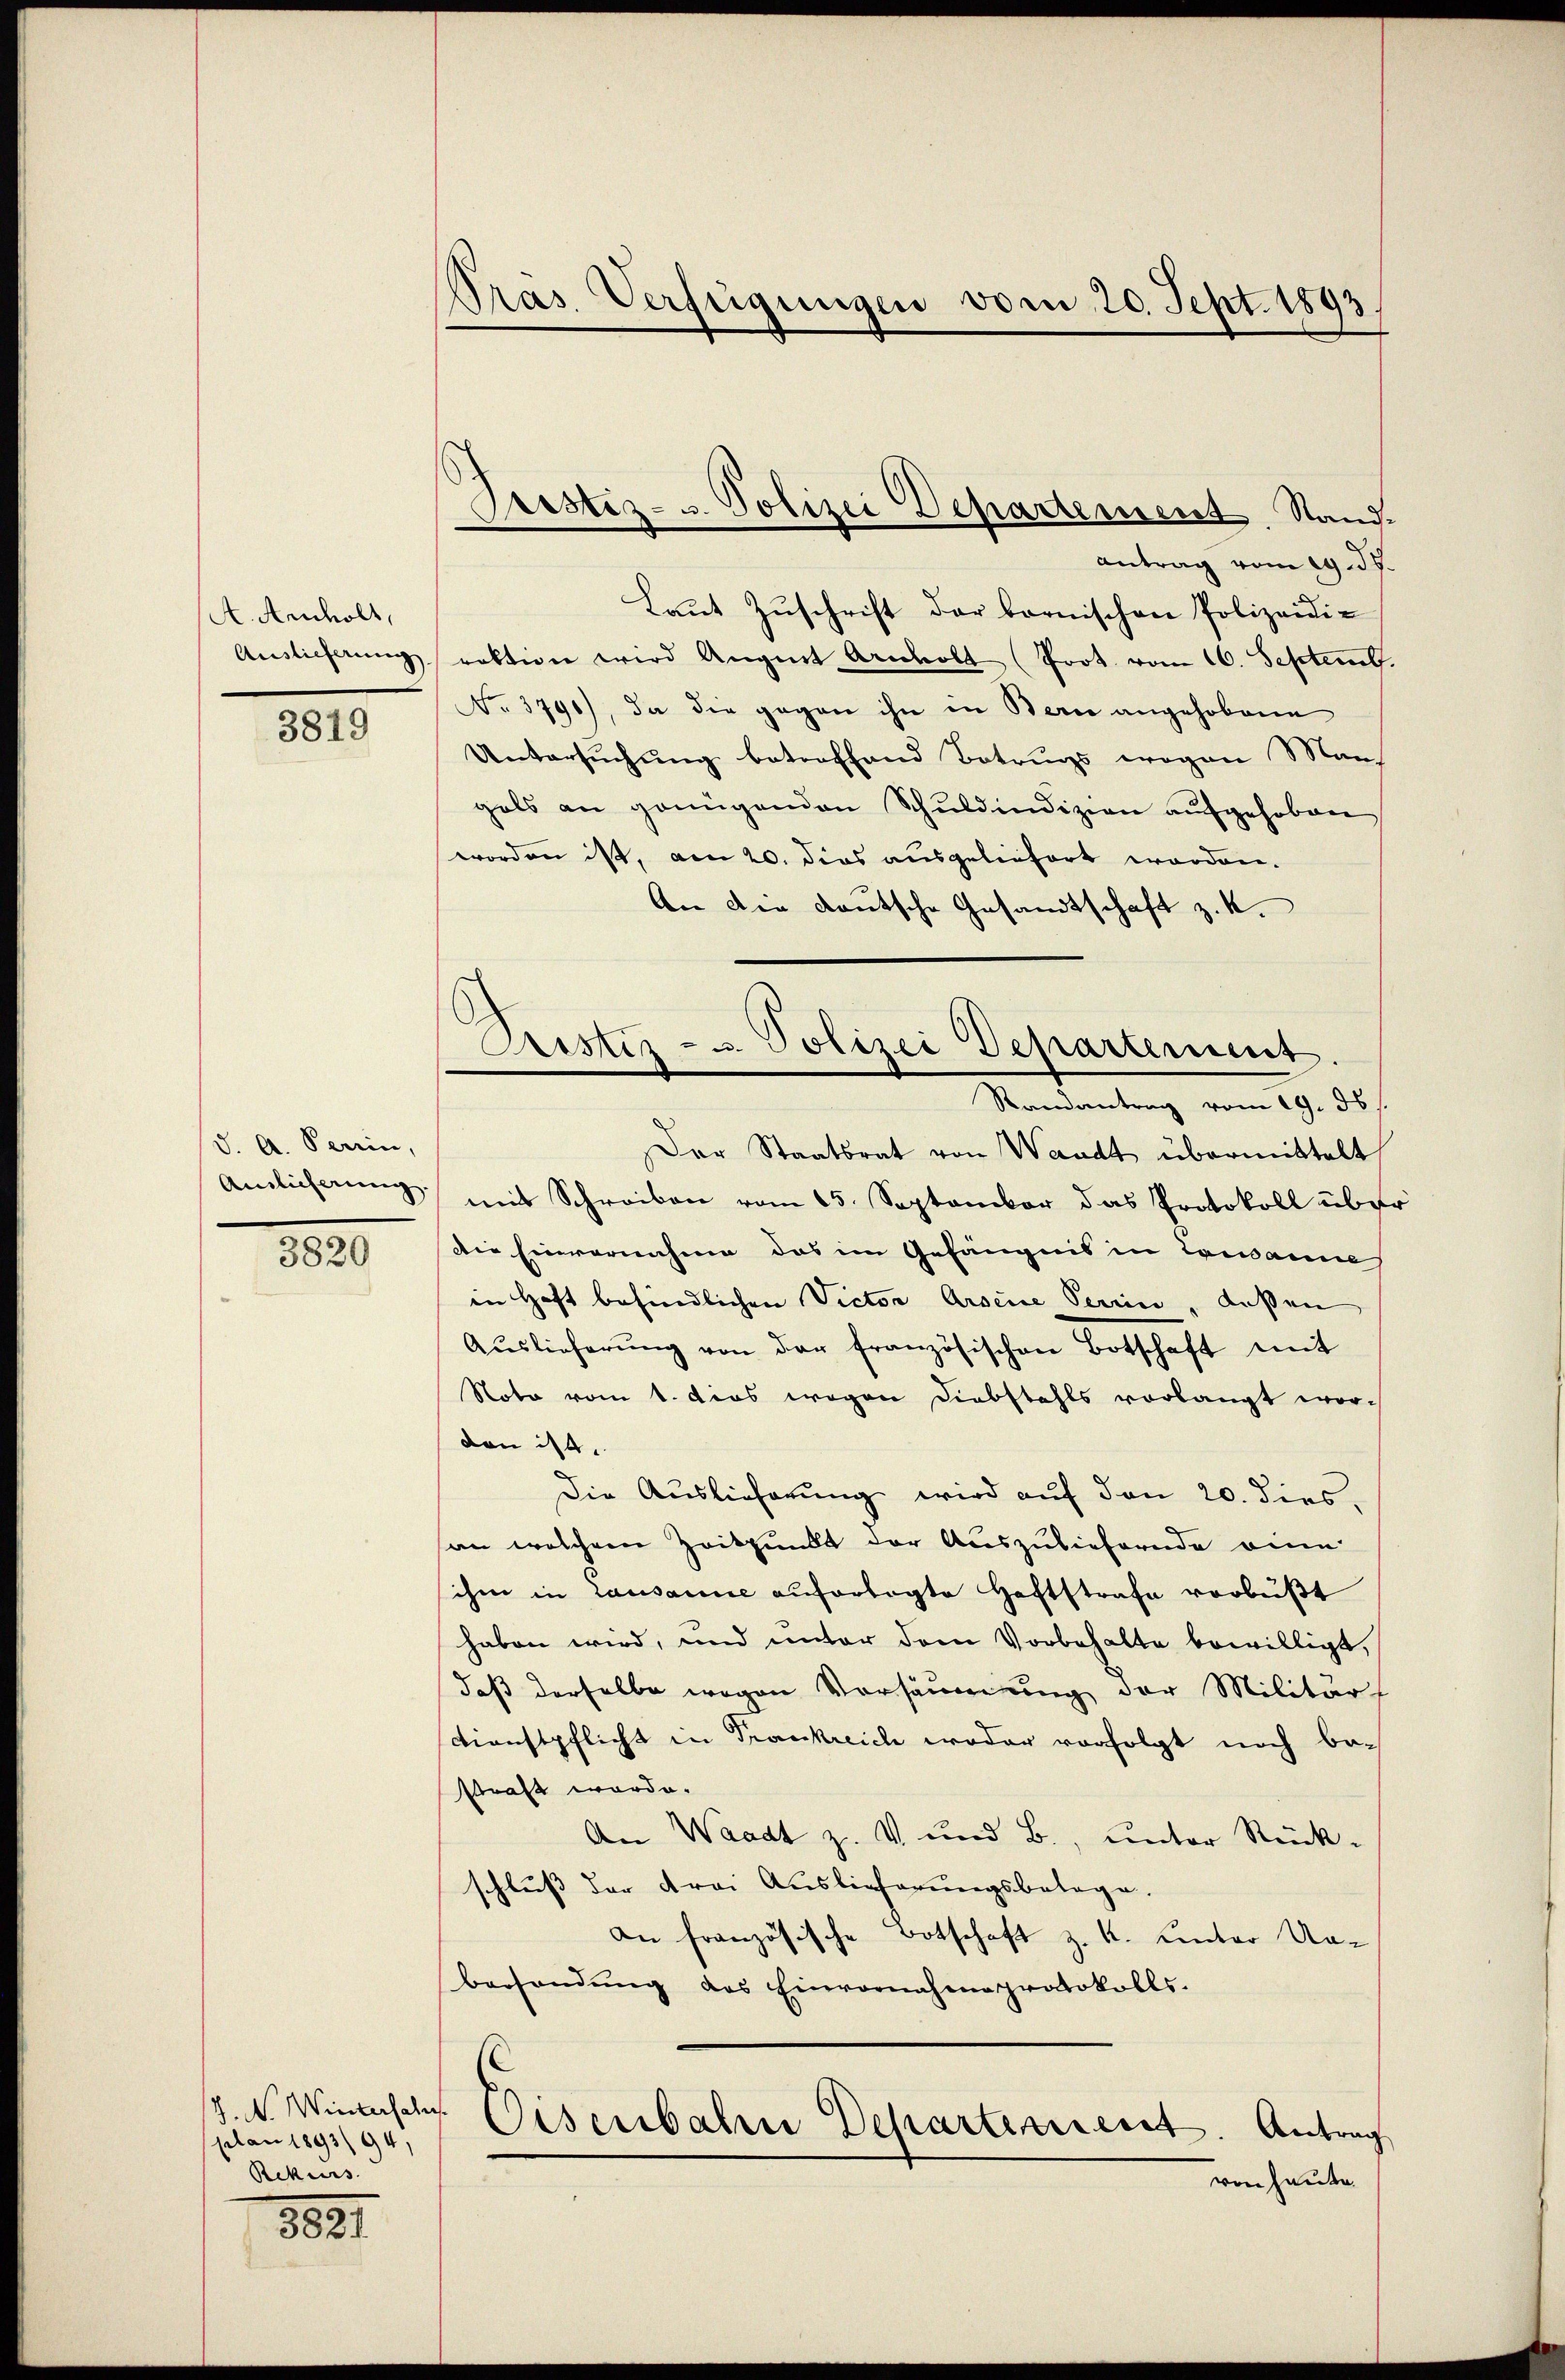
A. Andholt,
Auslieferung

3819

d. A. Peerin,
Ainlicherung.

880

J. N. Wintersalus.
plan 1893/94,
Rekurs.

3831

Pras Verfügungen vom 20. Sept. 1893.

Liestes- u. Polizei Departement. Stand¬

Astiz- u. Polizei Departement.
Randantrag vom 19. ds.

Antrag vom 19. ds.
Laŭt Zŭschrift der bernischen Polizeidirektion wird Angnet Archolt (Prot. vom 16. Septemb.
No. 3790), da die gegen ihn in Berne angehobene
Untersuchung betreffend Betrugs wegen Man
gals an genügenden Schŭldindizion aŭfgehoben
worden ist, am 20. dies ausgeliefert worden.
An der deutsche Gesandtschaft z. K.
Der Staatsrat von Waadt übermittelt
mit Schreiben vom 15. September das Protokoll über
Die Einvernahme das im Gefängnis in Cocaine
in Hoft befindlichen Victor Arseine Perrin, dassen
Aŭslieferŭng von der französischen Botschaft mit
Noto vom 1. das wegen Diebstahls vorlangt worden ist.
Die Auslieferung wird auf den 20. dies,
an welchem Zeitpundt der Auszuliefernde an
ihm in Lausanne aŭfortagte Haftstrafe verbüßt
haben wird, und unter dem Vorbehalte bewilligt,
daß derselbe wegen Versäumung der Militär
Dienstpflicht in Trankreich weder vorfolgt noch be-
straft worde.
An Waadt z. V und B., unter Rück-
schluss der Frei Auslieferungsbelage.
an französische Botschaft z. K. unter Na-
bessendung des Einvernahme protokolls.
Oisenbahre Departement. Antrag
von heute